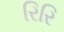
રિરિ